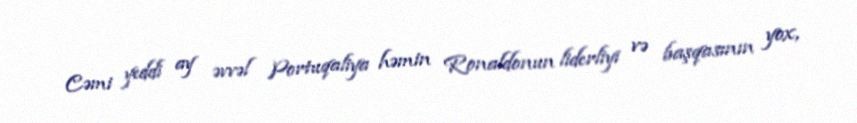
Cəmi yeddi ay əvvəl Portuqaliya həmin Ronaldonun liderliyi və başqasının yox,